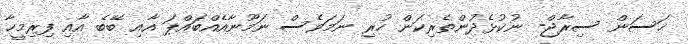
ޙަސަން ސިރާޖް- ނުކުޅެދުންތެރިކަން ހުރި ނަމަވެސް ނަމޫނާއެއްބައްޕަ އާއި ބޭބެ އާއި ފިރިމީހާ